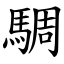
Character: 騆